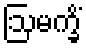
ဩမက္ခိံ